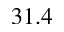
3 1 . 4